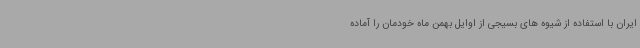
ایران با استفاده از شیوه های بسیجی از اوایل بهمن ماه خودمان را آماده